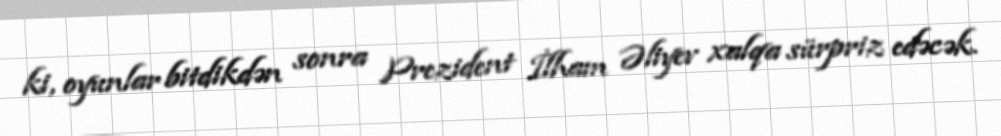
ki, oyunlar bitdikdən sonra Prezident İlham Əliyev xalqa sürpriz edəcək.